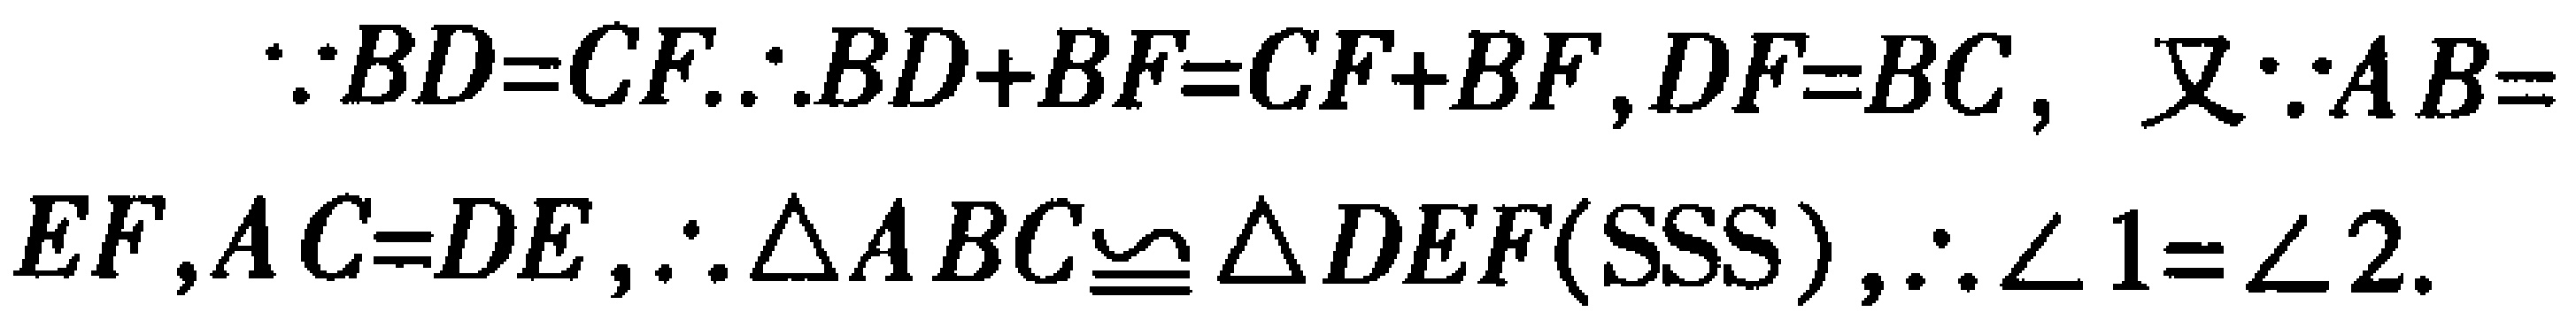
\(\because BD = CF.\therefore BD + BF = CF + BF,DF = BC,\) 又\(\because AB = EF,AC = DE,\therefore \triangle ABC\cong\triangle DEF(SSS),\therefore \angle 1=\angle 2.\)